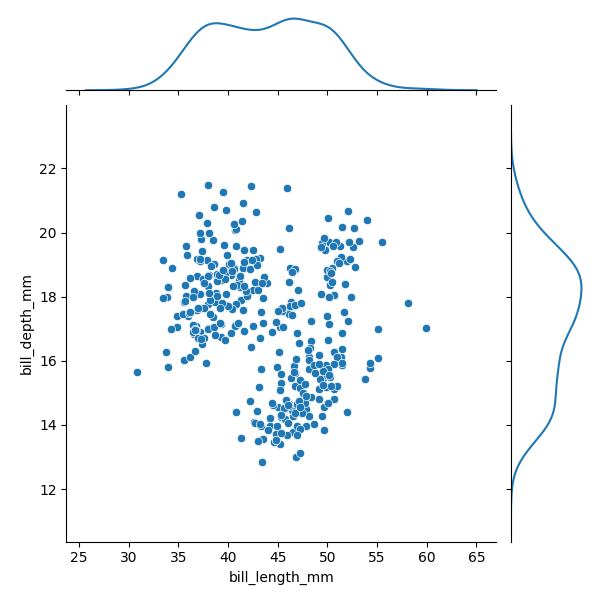
python, seaborn, JointGrid, scatterplot, kdeplot